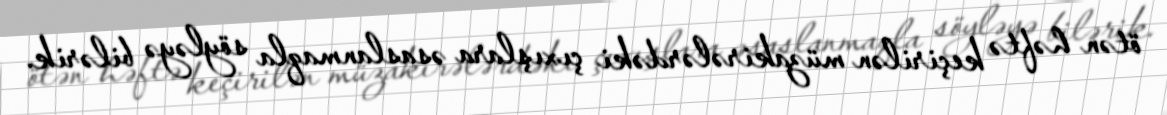
ötən həftə keçirilən müzakirələrdəki çıxışlara əsaslanmaqla söyləyə bilərik.